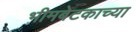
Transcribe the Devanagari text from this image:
भीमबेटकाच्या